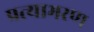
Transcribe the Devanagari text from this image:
प्रत्याभरण